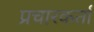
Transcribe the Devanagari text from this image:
प्रचारकर्ता